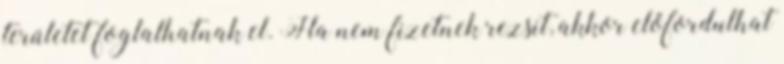
területet foglalhatnak el. Ha nem fizetnek rezsit, akkor előfordulhat